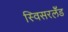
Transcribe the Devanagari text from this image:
स्विसरलँड